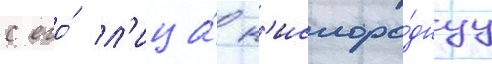
с его́ л'ица́ к'ислоро́днуу